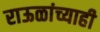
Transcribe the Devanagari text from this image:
राऊळांच्याही